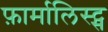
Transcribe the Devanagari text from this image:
फ़ार्मालिस्ट्स